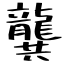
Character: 龔